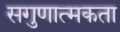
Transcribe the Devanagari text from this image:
सगुणात्मकता